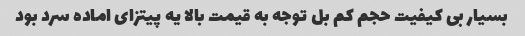
بسیار بی کیفیت حجم کم بل توجه به قیمت بالا یه پیتزای اماده سرد بود